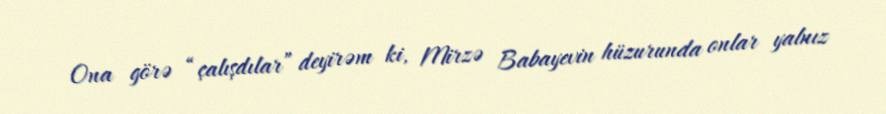
Ona görə “çalışdılar” deyirəm ki, Mirzə Babayevin hüzurunda onlar yalnız